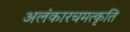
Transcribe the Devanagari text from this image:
अलंकारचमत्कृति